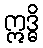
ဣဒ္ဓိ